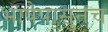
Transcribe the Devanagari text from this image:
भाषेपासुनच